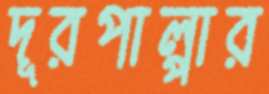
দূরপাল্পার